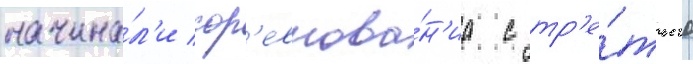
начина́л'и сор'евнова́н'иа с тр'е́тьего